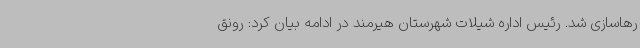
رهاسازی شد. رئیس اداره شیلات شهرستان هیرمند در ادامه بیان کرد: رونق